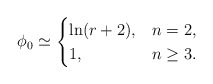
\begin{align*}\phi_{0}\simeq\begin{cases}\ln(r+2), &n=2,\\1, &n\geq3.\end{cases}\end{align*}